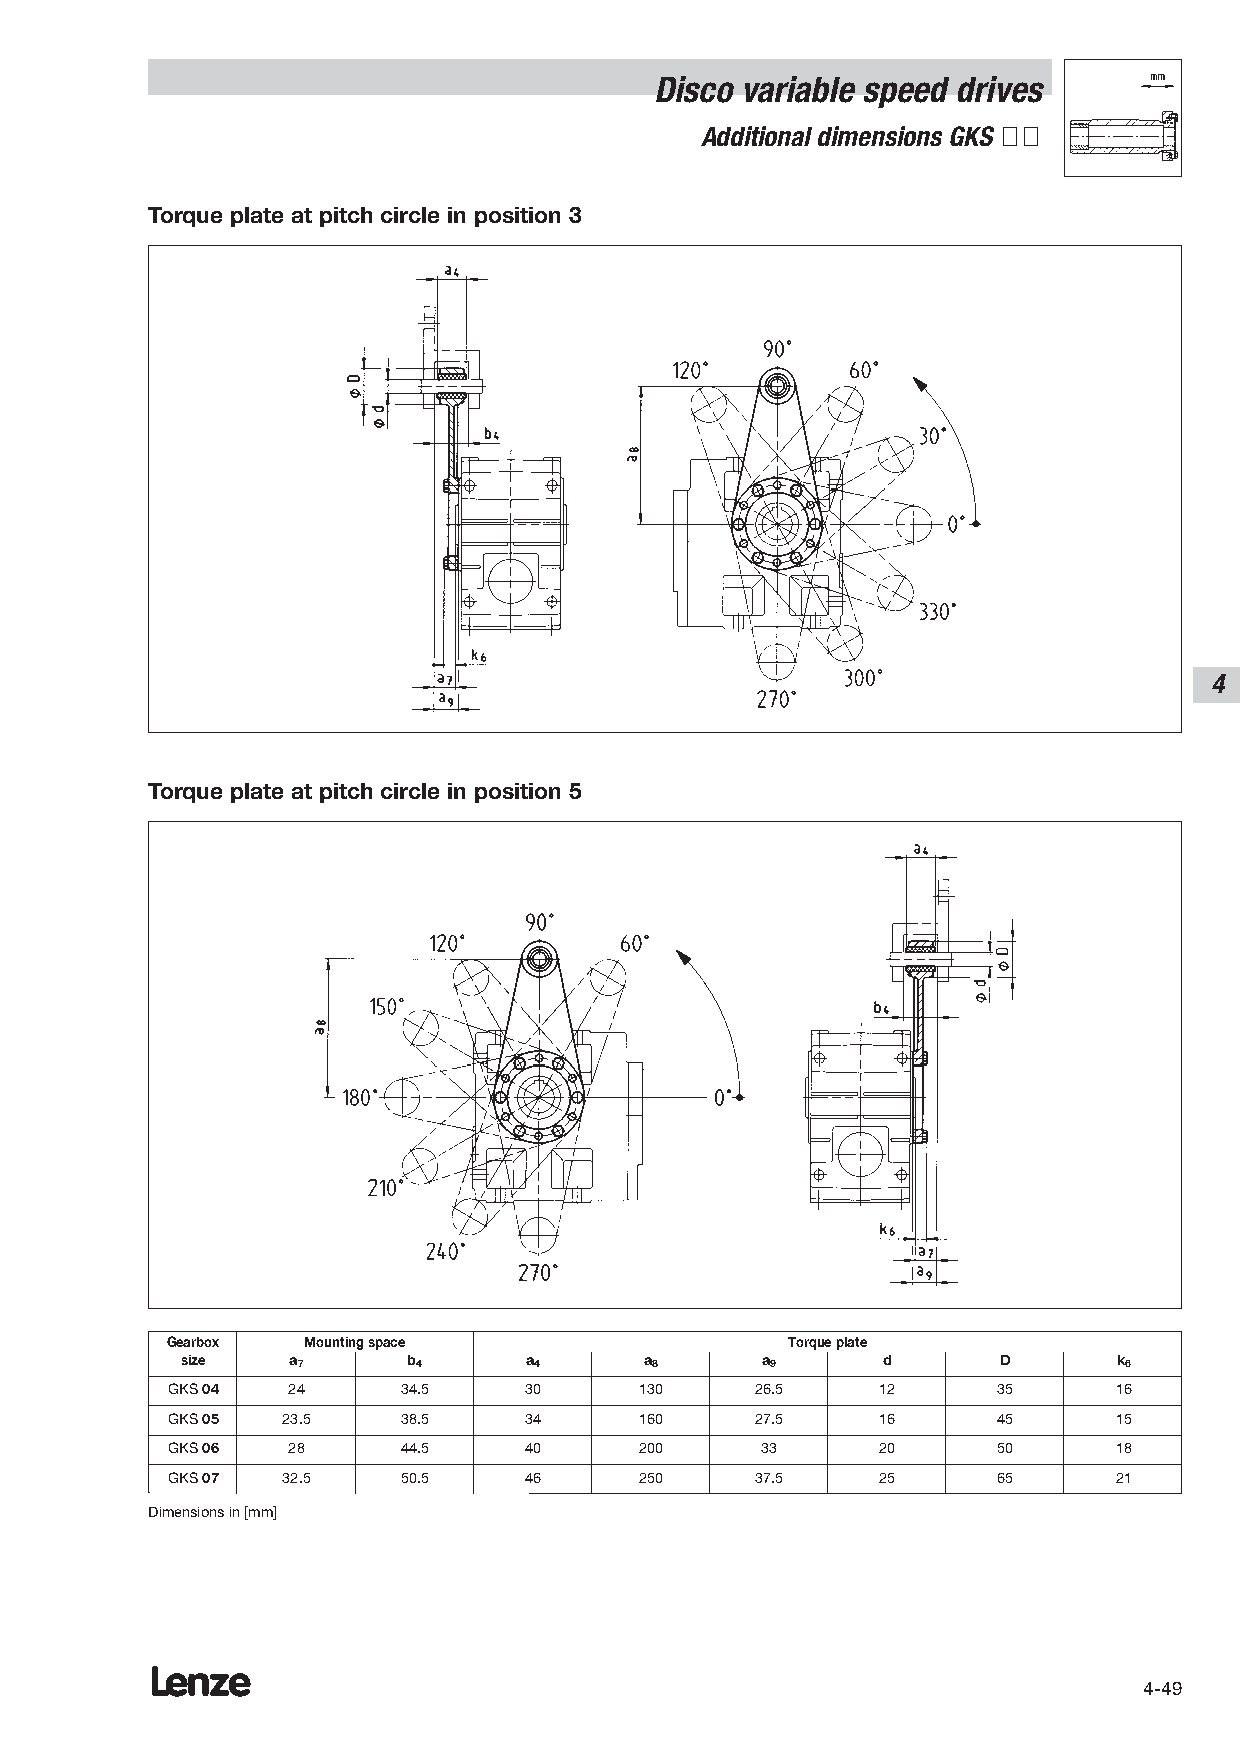
Disco variable speed drives
 Additional dimensions GKS ÇÇ
 Torque plate at pitch circle in position 3
 4
 Torque plate at pitch circle in position 5
 Gearbox  Mounting space                  Torque plate
 size   a7      b4      a4      a8     a9      d       D       k6
 GKS 04  24      34.5    30     130     26.5    12      35      16
 GKS 05  23.5    38.5    34     160     27.5    16      45      15
 GKS 06  28      44.5    40     200     33      20      50      18
 GKS 07  32.5    50.5    46     250     37.5    25      65      21
 Dimensions in [mm]
 Lenze
 4-49